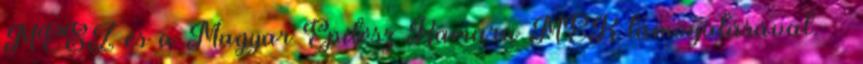
MÉSZ és a Magyar Építész Kamara MÉK támogatásával. ··